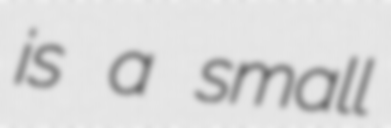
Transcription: is a small